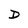
Character: D